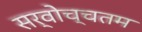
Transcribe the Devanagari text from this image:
सर्वोच्चतम